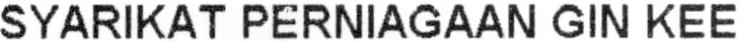
SYARIKAT PERNIAGAAN GIN KEE